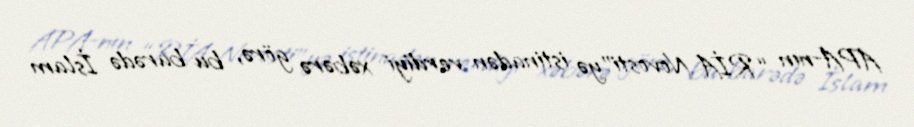
APA-nın “RİA Novosti”yə istinadən verdiyi xəbərə görə, bu barədə İslam